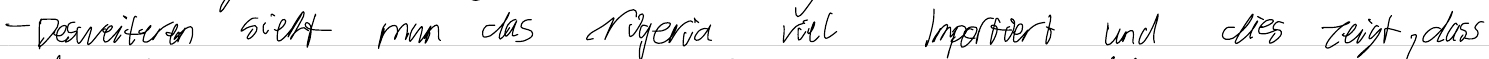
- Desweiteren sieht man das Nigeria viel Importiert und dies zeigt, dass